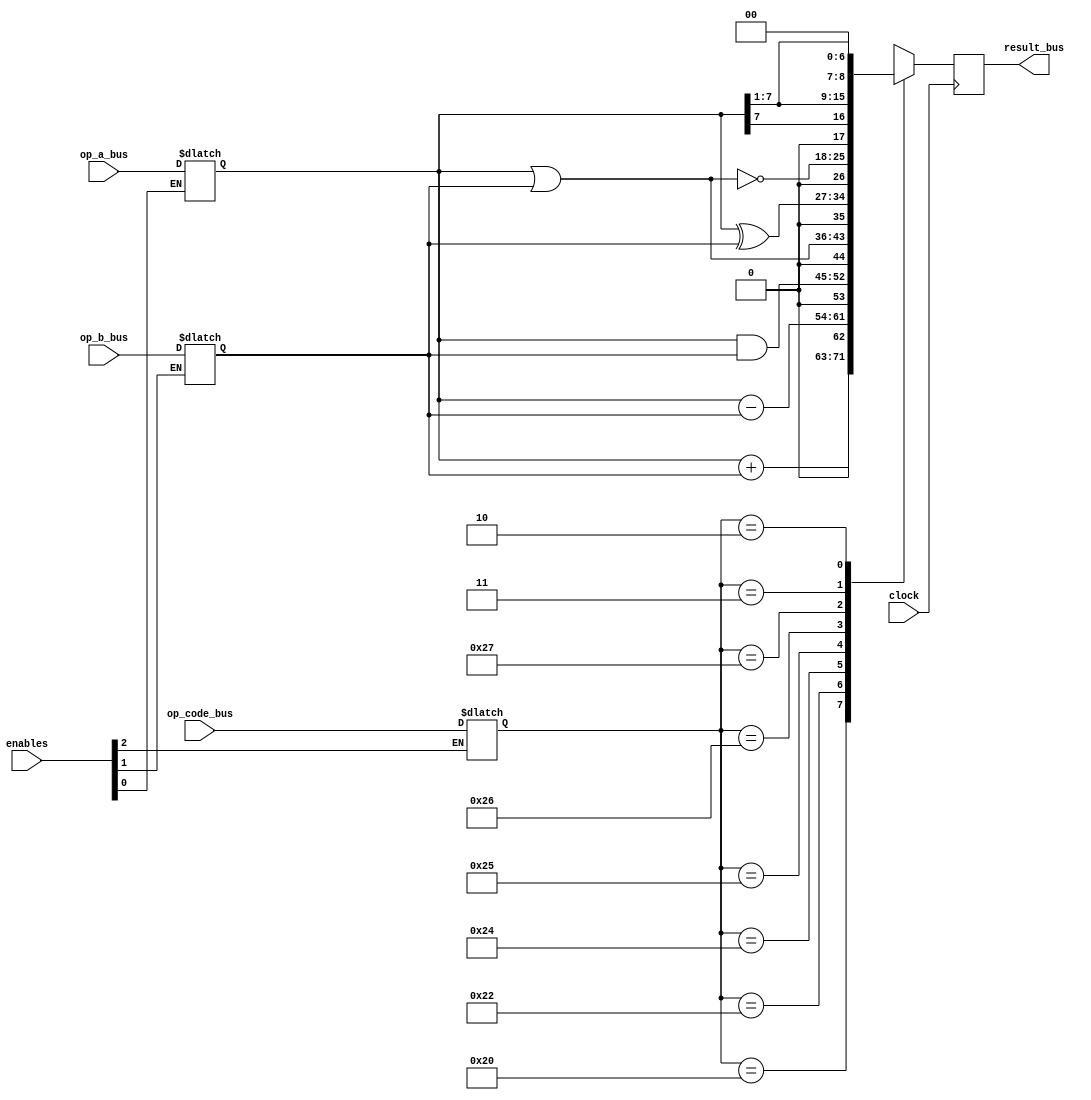
module ALU #(
    parameter DATA_BUS = 8,
    parameter OP_BUS = 6
)
(
    input   wire                clock,
    input   wire [DATA_BUS-1:0] op_a_bus,
    input   wire [DATA_BUS-1:0] op_b_bus,
    input   wire [OP_BUS-1:0]   op_code_bus,
    input   wire [2:0]          enables,
    output  wire [DATA_BUS:0]   result_bus
);

localparam ADD_OP   = 6'h20;
localparam SUB_OP   = 6'h22;
localparam AND_OP   = 6'h24;
localparam OR_OP    = 6'h25;
localparam XOR_OP   = 6'h26;
localparam NOR_OP   = 6'h27;
localparam SRA_OP   = 6'h3;
localparam SRL_OP   = 6'h2;


reg [DATA_BUS-1:0]  op_a;
reg [DATA_BUS-1:0]  op_b;
reg [OP_BUS-1:0]    op_code;
reg [DATA_BUS:0]    result;

always @(enables[0])
begin
    if (enables[0] == 1)
        op_a <= op_a_bus;
end

always @(enables[1])
begin
    if (enables[1] == 1)
        op_b <= op_b_bus;
end

always @(enables[2])
begin
    if (enables[2] == 1)
        op_code <= op_code_bus;
end

always @(posedge clock)
begin
    /*
        if (enables[0] == 1)
            op_a <= op_a_bus;
        if (enables[1] == 1)
            op_b <= op_b_bus;
        if (enables[2] == 1)
            op_code <= op_code_bus;
    */
    case(op_code)
        ADD_OP : result = op_a + op_b;
        SUB_OP : result = {1'b0, op_a - op_b};
        AND_OP : result = op_a & op_b;
        OR_OP  : result = op_a | op_b;
        XOR_OP : result = op_a ^ op_b;
        NOR_OP : result = {1'b0, ~{op_a | op_b}};
        SRA_OP : result = {op_a[DATA_BUS-1], op_a[DATA_BUS-1 : 1]};
        SRL_OP : result = op_a >> 1;
        default: result = {DATA_BUS+1'bx};
    endcase
end
    
assign result_bus = result;    

endmodule